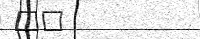
٢٤